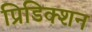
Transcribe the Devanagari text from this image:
प्रिडिक्शन